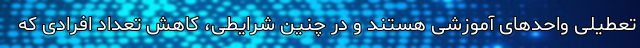
تعطیلی واحدهای آموزشی هستند و در چنین شرایطی، کاهش تعداد افرادی که